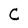
Character: C